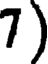
7)